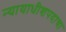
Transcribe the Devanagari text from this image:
न्यायाधीशपदाचा